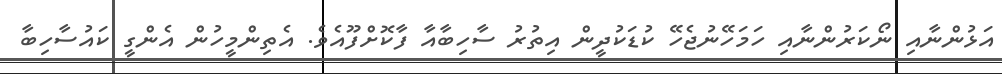
އަޅުންނާއި ނޯކަރުންނާއި ހަމަހޭނުޖެހޭ ކުޑަކުދީން އިތުރު ސާހިބާއާ ފާކޮށްފޫއެވެ. އެތިންމީހުން އެންގީ ކައުސާހިބާ